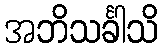
အဘိသင်္ခါသိ